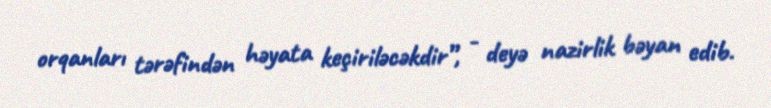
orqanları tərəfindən həyata keçiriləcəkdir”, - deyə nazirlik bəyan edib.